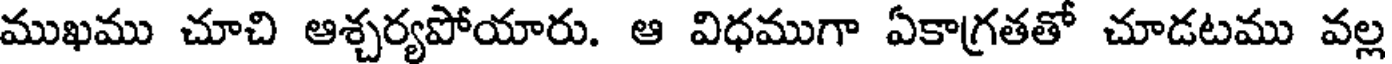
ముఖము చూచి ఆశ్చర్యపోయారు. ఆ విధముగా ఏకాగ్రతతో చూడటము వల్ల